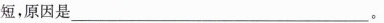
短，原因是___ 。